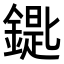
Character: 𨫞